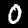
Digit: 0